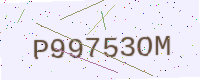
Text: P99753OM